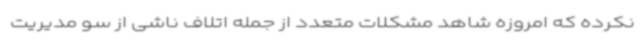
نکرده که امروزه شاهد مشکلات متعدد از جمله اتلاف ناشی از سو مدیریت